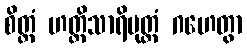
စိတ္တံ ဟတ္ထိသာရိပုတ္တံ ဂဟေတွာ